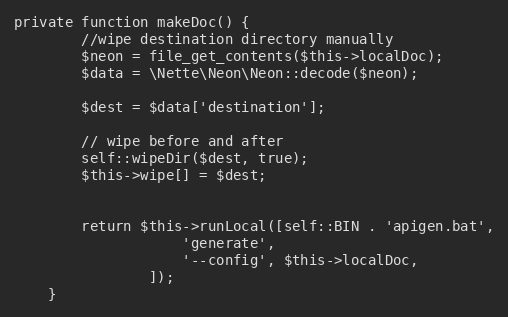
Language: PHP
private function makeDoc() {
		//wipe destination directory manually
		$neon = file_get_contents($this->localDoc);
		$data = \Nette\Neon\Neon::decode($neon);

		$dest = $data['destination'];

		// wipe before and after
		self::wipeDir($dest, true);
		$this->wipe[] = $dest;

		return $this->runLocal([self::BIN . 'apigen.bat',
					'generate',
					'--config', $this->localDoc,
				]);
	}